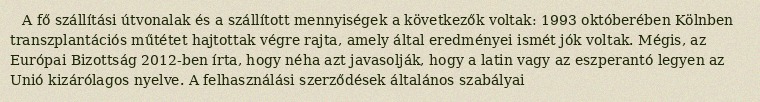
A fő szállítási útvonalak és a szállított mennyiségek a következők voltak: 1993 októberében Kölnben transzplantációs műtétet hajtottak végre rajta, amely által eredményei ismét jók voltak. Mégis, az Európai Bizottság 2012-ben írta, hogy néha azt javasolják, hogy a latin vagy az eszperantó legyen az Unió kizárólagos nyelve. A felhasználási szerződések általános szabályai